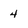
Character: 4